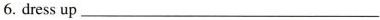
6. dress up ___